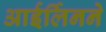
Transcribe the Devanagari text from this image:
आईर्लिनने